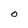
Character: 0